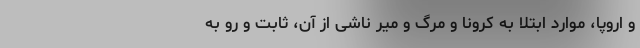
و اروپا، موارد ابتلا به کرونا و مرگ و میر ناشی از آن، ثابت و رو به